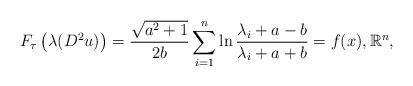
LaTeX: \begin{align*} F _ { \tau } \left( \lambda(D ^ { 2 } u) \right) =\frac{\sqrt{a^2+1}}{2b} \sum _ { i = 1 } ^ { n } \ln \frac { \lambda _ { i } + a - b } { \lambda _ { i } + a + b } = f ( x ) , \mathbb { R } ^ { n },\end{align*}